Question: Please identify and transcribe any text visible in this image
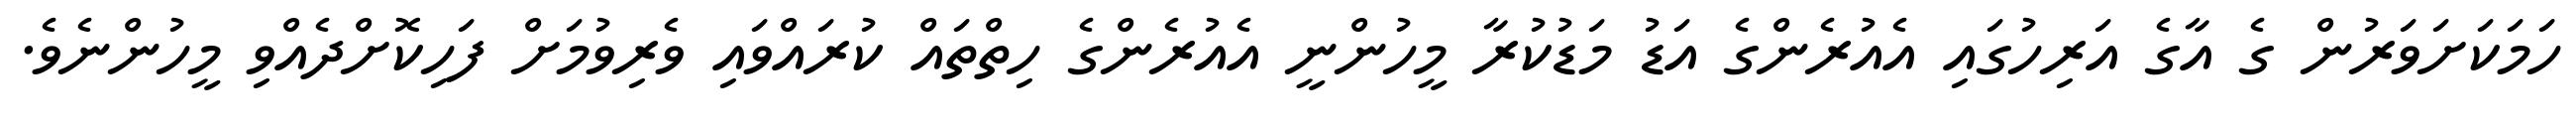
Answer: ހަމަކަށަވަރުން ގެ އާގެ އަރިހުގައި އެއުރެންގެ އަޑު މަޑުކުރާ މީހުންނީ އެއުރެންގެ ހިތްތައް ކުރައްވައި ވެރިވުމަށް ފަހިކޮށްދެއްވި މީހުންނެވެ.